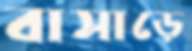
বাসাড়ে